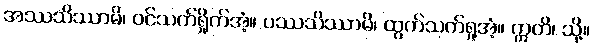
အဿသိဿာမိ၊ ဝင်သက်ရှိုက်အံ့။ ပဿသိဿာမိ၊ ထွက်သက်ရှုအံ့။ ဣတိ၊ သို့။